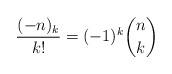
LaTeX: \begin{align*}\frac{(-n)_k}{k!} = (-1)^k \binom{n}{k}\end{align*}